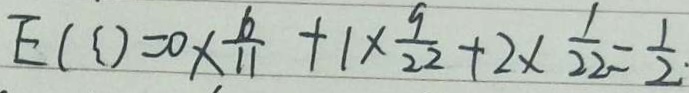
E ( \zeta ) = 0 \times \frac { 6 } { 1 1 } + 1 \times \frac { 9 } { 2 2 } + 2 \times \frac { 1 } { 2 2 } = \frac { 1 } { 2 }